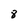
Character: 8